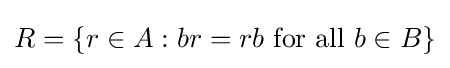
R=\{r\in A:br=rb{\text{ for all }}b\in B\}